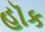
હૉક